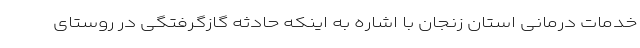
خدمات درمانی استان زنجان با اشاره به اینکه حادثه گازگرفتگی در روستای